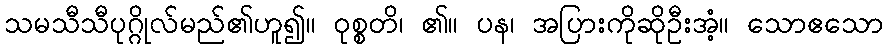
သမသီသီပုဂ္ဂိုလ်မည်၏ဟူ၍။ ဝုစ္စတိ၊ ၏။ ပန၊ အပြားကိုဆိုဦးအံ့။ သောဧသော